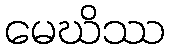
မေဃိဿ